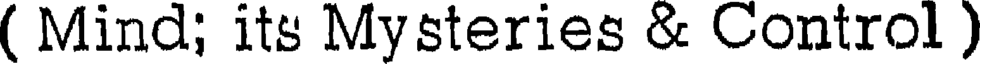
( Mind; its Mysteries & Control )